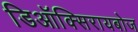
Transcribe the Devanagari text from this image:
डिऑक्सिरायबोज